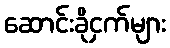
ဆောင်းခိုငှက်များ